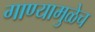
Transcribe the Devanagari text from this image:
गाण्यामुळेच